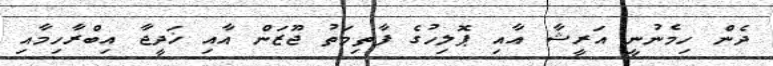
ދެން ހިމެނުނީ އަރީޝާ އާއި ޕޮލިހުގެ ފާތިމަތު ޖޫޒަން އާއި ޚަދީޖާ އިބްރާހިމާއި